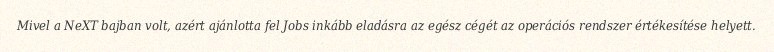
Mivel a NeXT bajban volt, azért ajánlotta fel Jobs inkább eladásra az egész cégét az operációs rendszer értékesítése helyett.